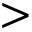
>